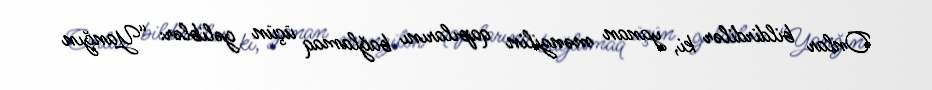
Onlar bildirdilər ki, yanan mənzilin qapılarını bağlamaq üçün gəliblər: “Yanğın